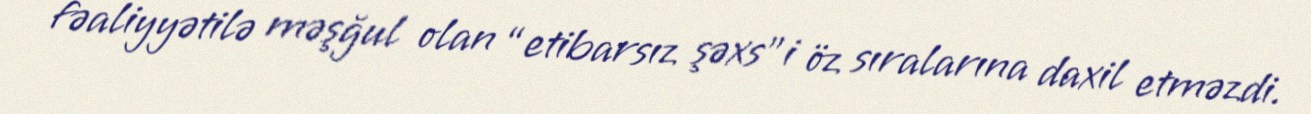
fəaliyyətilə məşğul olan “etibarsız şəxs”i öz sıralarına daxil etməzdi.